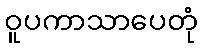
ဝူပကာသာပေတုံ